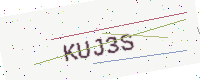
Text: KUJ3S